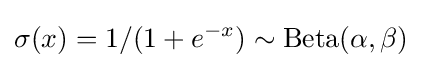
\sigma (x)=1/(1+e^{-x})\sim {\text{Beta}}(\alpha ,\beta )